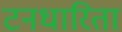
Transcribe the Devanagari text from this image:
टनधारिता